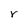
Character: r